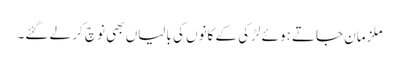
ملزمان جاتے ہوئے لڑکی کے کانوں کی بالیاں بھی نوچ کر لے گئے۔